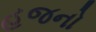
હજનો